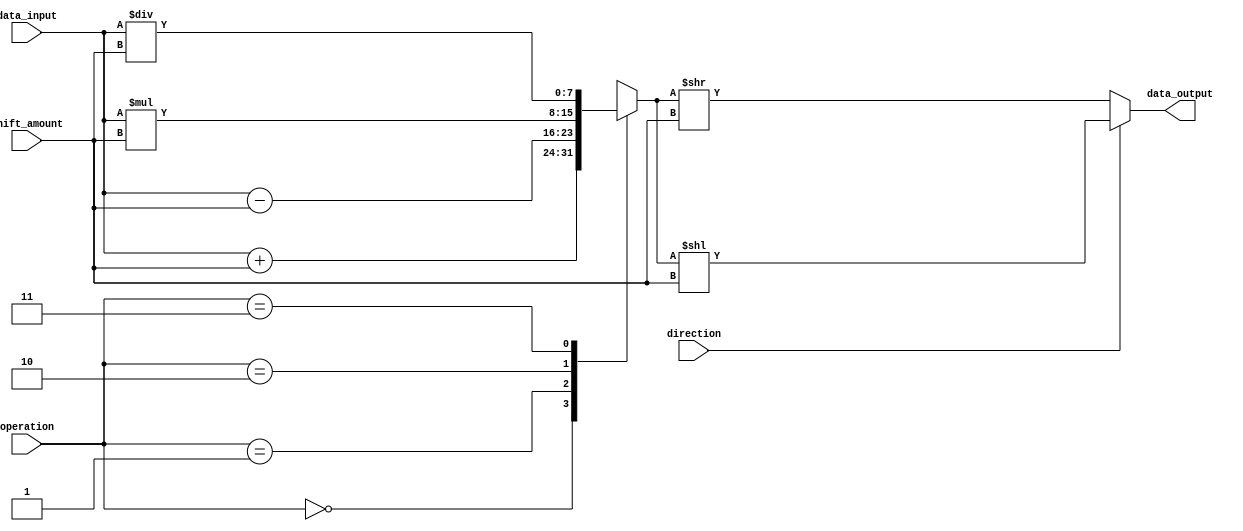
module CircularBarrelShifter (
    input wire [7:0] data_input,
    input wire [2:0] shift_amount,
    input wire [1:0] operation,
    input wire direction,
    output reg [7:0] data_output
);

reg [7:0] temp_data;

always @(*) begin
    case(operation)
        2'b00: temp_data = data_input + shift_amount; // Addition
        2'b01: temp_data = data_input - shift_amount; // Subtraction
        2'b10: temp_data = data_input * shift_amount; // Multiplication
        2'b11: temp_data = data_input / shift_amount; // Division
    endcase
    
    if(direction)
        data_output = temp_data << shift_amount;
    else
        data_output = temp_data >> shift_amount;
end

endmodule